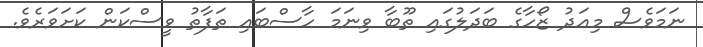
ނަމަވެސް މިއަދު ޒޯހާގެ ބަދަލުގައި ތޫބާ ވިނަމަ ހާސްބައި ތަފާތު ވީސްކަން ކަށަވަރެވެ.